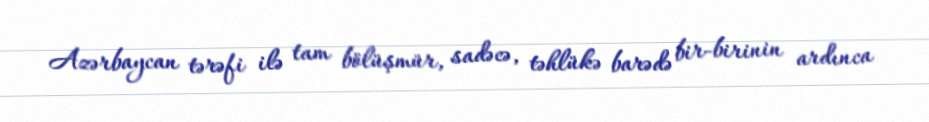
Azərbaycan tərəfi ilə tam bölüşmür, sadəcə, təhlükə barədə bir-birinin ardınca